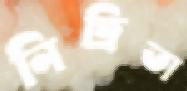
নিদ্রিতা